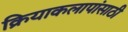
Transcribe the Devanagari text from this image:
क्रियाकलापांसाठी